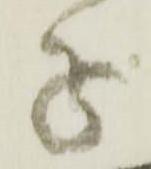
子